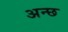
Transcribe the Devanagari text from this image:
अन्छ